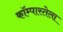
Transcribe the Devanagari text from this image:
कॉम्पास्तेला